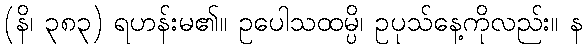
(နိ၊ ၃၈၃) ရဟန်းမ၏။ ဥပေါသထမ္ပိ၊ ဥပုသ်နေ့ကိုလည်း။ န